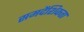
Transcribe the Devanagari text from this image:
समदैशिकता